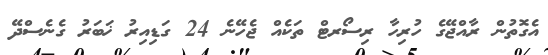
އެގޮތުން ރާއްޖޭގެ ހުރިހާ ރިސޯރޓް ތަކެއް ޖެހޭނެ 24 ގަޑިއިރު ޚަބަރު ގެނެސްދޭ